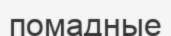
помадные